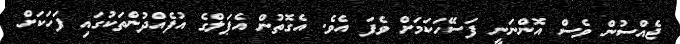
ޖެއްސުން ވެސް އޮންނަނީ ފަސޭހަކަމަށް ވެފަ އެވެ. އެގޮތުން އެޕަލްގެ އުފެއްދުންތަކުގައި ފަހަކަށް